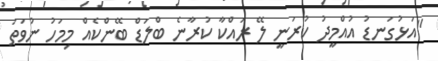
"އަޅުގަނޑު އުއްމީދު ކުރަނީ ލޭ ރައްކާ ކުރާނެ ބްލަޑް ބޭންކެއް މިމަހު ނުވަތަ